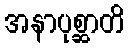
အနာပုစ္ဆာတိ